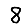
Digit: 8